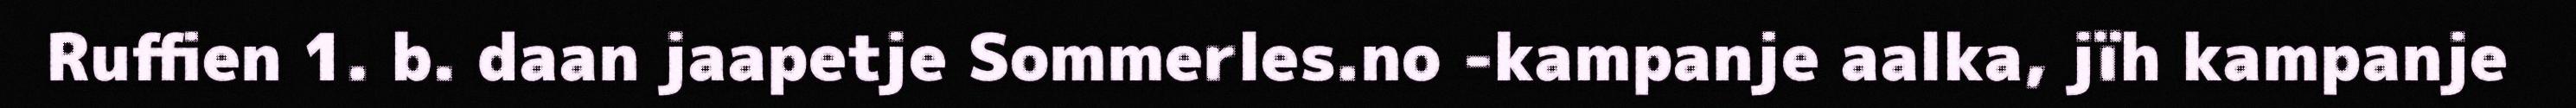
Ruffien 1. b. daan jaapetje Sommerles.no -kampanje aalka, jïh kampanje